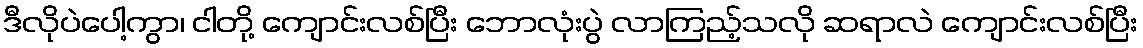
ဒီလိုပဲပေါ့ကွာ၊ ငါတို့ ကျောင်းလစ်ပြီး ဘောလုံးပွဲ လာကြည့်သလို ဆရာလဲ ကျောင်းလစ်ပြီး